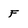
Character: F